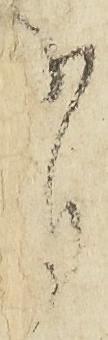
有